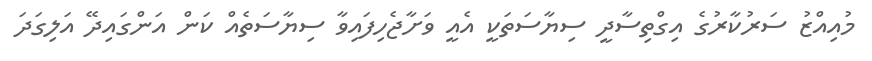
މުއިއްޒު ސަރުކާރުގެ އިގްތިސާދީ ސިޔާސަތަކީ އެއީ ވަށާޖެހިފައިވާ ސިޔާސަތެއް ކަން އަންގައިދޭ އަލިގަދަ